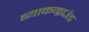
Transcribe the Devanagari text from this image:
ब्याकग्राउंड